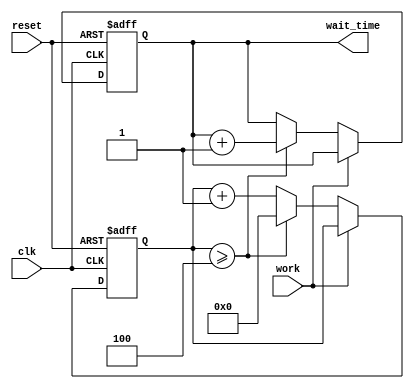
module wait_time_module (reset, work, clk, wait_time); 
//counting the wait_time

input  clk,work,reset;
output [11:0] wait_time;
reg [11:0] wait_time;

reg [5:0] i;

always @ (posedge clk or negedge reset)
begin
	if(!reset) 
	begin
		wait_time <= 0;
		i <= 0;
	end
	else if (work == 0)
	begin
		//if(i >= 59)
		if(i >= 4)
			begin
				wait_time <= wait_time +1;
				i <= 0;
			end
		else i <= i+1;
	end
end


/*always @ (posedge clk)
begin
	if(!reset&!work)
	begin
	if(i >= 1)
	//if(i >= 59)
		begin
		  wait_time <= BCD_counter(wait_time);
		  i <= 0;
		end
	else i <= i+1;
	end
	
	else
	begin
	  wait_time <= 0;
	  i <= 0;
	end
end*/

/*
assign rw = reset||work;

always @ (posedge clk or negedge rw)begin
if(!rw)begin
	wait_time <= 0;
	i <= 0;
	end
else	
begin
	case({reset,work})
	2'b00:begin
	//if(i >= 59)
	if(i >= 1)
		begin
		  wait_time <= BCD_counter(wait_time);
		  i <= 0;
		end
	else 
		i <= i+1;
	end
	
	default:
	begin
	  wait_time <= 0;
	  i <= 0;
	end
	endcase
end
end
*/

/*
assign rw = reset||work;

always @ (posedge clk or posedge rw)
begin
	if(rw)
		begin
			wait_time <= 0;
			i <= 0;
		end
	else	
	begin
		case({reset,work})
		2'b00:begin
		//if(i >= 59)
		if(i >= 1)
			begin
				wait_time <= BCD_counter(wait_time);
				i <= 0;
			end
		else i <= i+1;
	end
	
	default:
	begin
	wait_time <= 0;
	i <= 0;
	end
	endcase
end
end*/


endmodule